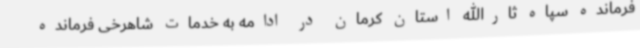
فرمانده سپاه ثارالله استان کرمان در ادامه به خدمات شاهرخی فرمانده